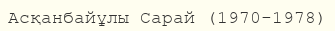
Асқанбайұлы Сарай (1970-1978)